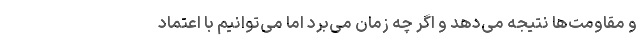
و مقاومت‌ها نتیجه می‌دهد و اگر چه زمان می‌برد اما می‌توانیم با اعتماد